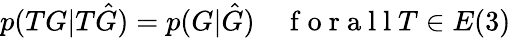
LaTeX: p(TG|T\hat{G})=p(G|\hat{G})\quad\mathrm{~f~o~r~a~l~l~}T\in E(3)